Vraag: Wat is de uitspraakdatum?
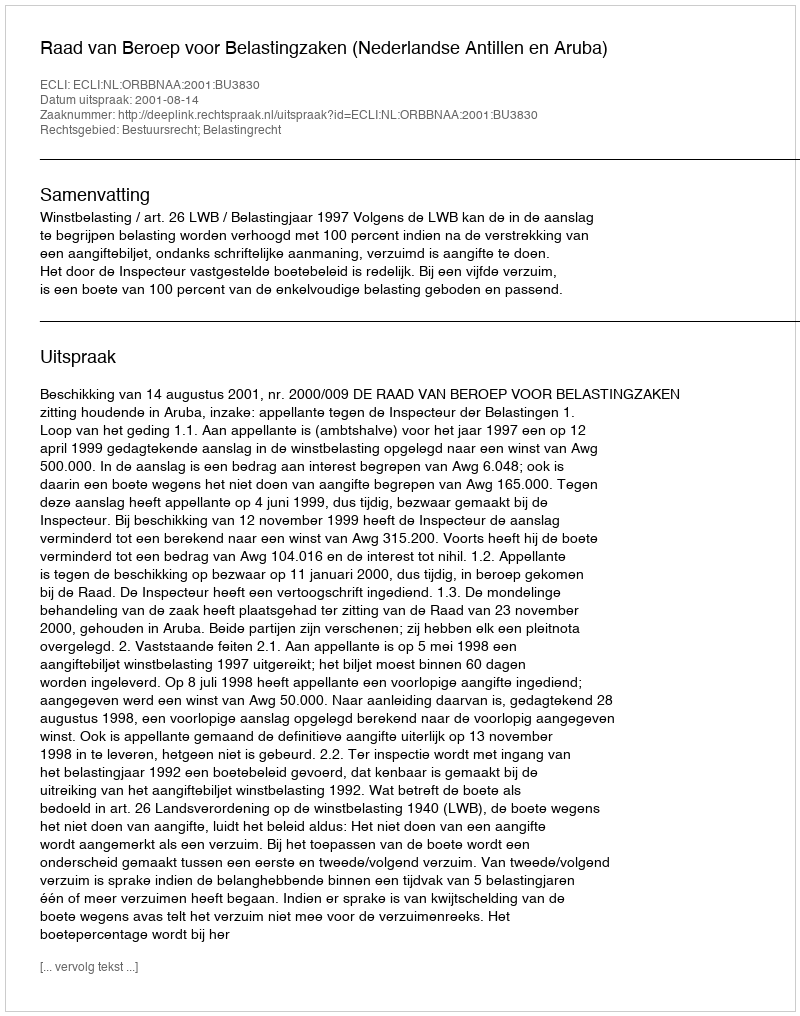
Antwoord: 2001-08-14